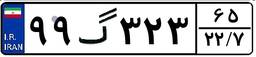
۹۹گ۳۲۳۶۵